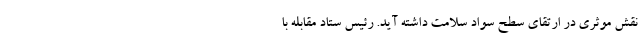
نقش موثری در ارتقای سطح سواد سلامت داشته آید. رئیس ستاد مقابله با